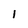
Character: 1